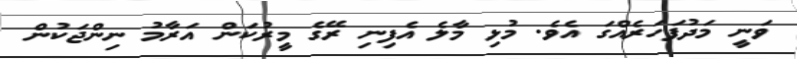
ވަނީ މަދުފަހަރެއްގަ އެވެ. މުޅި މާލެ އެފިނި ރޭގެ މީރުކަން އަރާމު ނިންޖަކުން